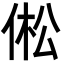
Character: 倯